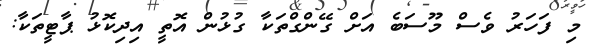
މި ފަހަރު ވެސް މޫސަބެ އަށް ގޭންގްތަކާ ގުުޅުން އޮތީ އިދިކޮޅު ޕާޓީތަކާ: